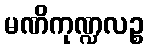
မဏိကုဏ္ဍလဉ္စ